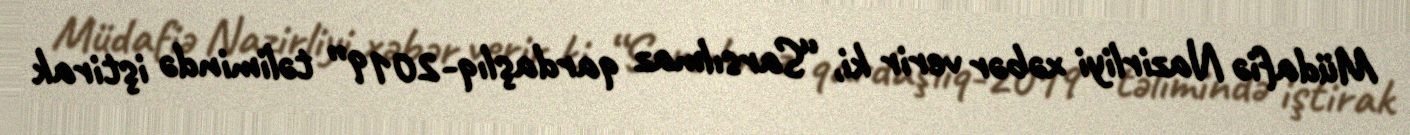
Müdafiə Nazirliyi xəbər verir ki, “Sarsılmaz qardaşlıq-2019” təlimində iştirak